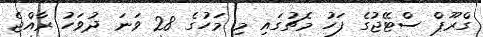
ގްރޫޕް ސްޓޭޖުގެ ފަހު މެޗުގައި މި މަހުގެ 28 ވަނަ ދުވަހު ރާއްޖެ